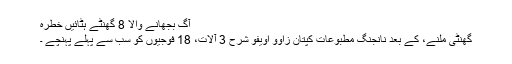
آگ بجھانے والا 8 گھنٹے ہٹائیں خطرہ
گھنٹی ملنے، کے بعد نانجنگ مطبوعات کپتان زاوو اویفو شرح 3 آلات، 18 فوجیوں کو سب سے پہلے پہنچے ۔